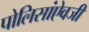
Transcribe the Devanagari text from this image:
पोलिसांऐवजी